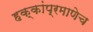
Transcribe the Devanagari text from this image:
हक्कांप्रमाणेच